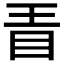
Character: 𣅨